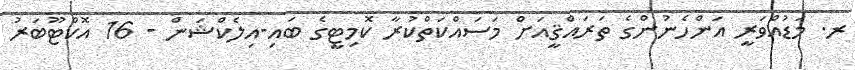
ރ. މަޑުއްވަރީ އަންހެނުންގެ ތަރައްޤީއަށް މަސައްކަތްކުރާ ކޮމިޓީގެ ބައި-އިލެކްޝަން - 16 އޮކްޓޫބަރު